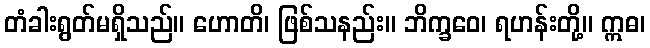
တံခါးရွတ်မရှိသည်။ ဟောတိ၊ ဖြစ်သနည်း။ ဘိက္ခဝေ၊ ရဟန်းတို့။ ဣဓ၊